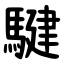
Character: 騝